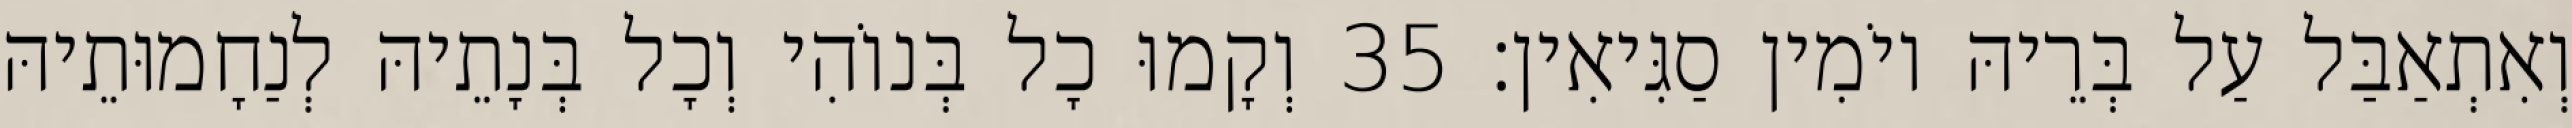
וְאִתְאַבַּל עַל בְּרֵיהּ יוֹמִין סַגִּיאִין׃ 35 וְקָמוּ כָל בְּנוֹהִי וְכָל בְּנָתֵיהּ לְנַחָמוּתֵיהּ